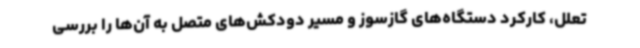
تعلل، کارکرد دستگاه‌های گازسوز و مسیر دودکش‌های متصل به آن‌ها را بررسی